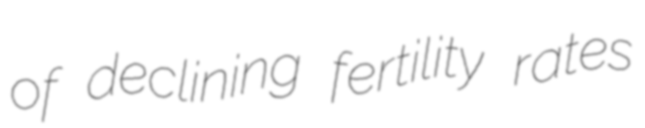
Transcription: of declining fertility rates